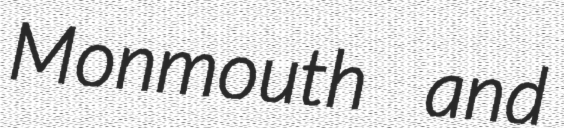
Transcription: Monmouth and